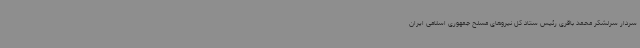
سردار سرلشکر محمد باقری رئیس ستاد کل نیروهای مسلح جمهوری اسلامی ایران